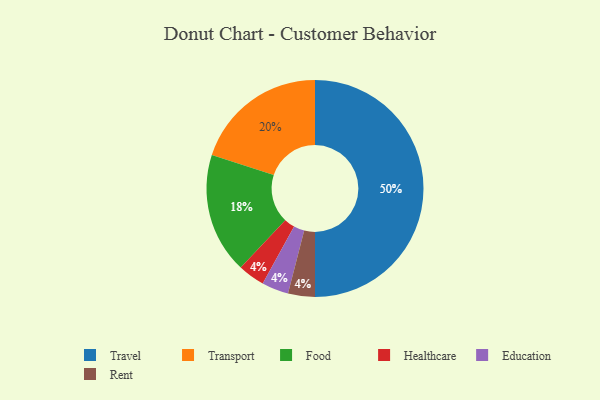
{"axis": {"x": "Category", "y": "Percentage"}, "legend": ["Education", "Food", "Healthcare", "Rent", "Transport", "Travel"], "data": [{"x": "Healthcare", "y": 4, "type": "Healthcare"}, {"x": "Food", "y": 18, "type": "Food"}, {"x": "Transport", "y": 20, "type": "Transport"}, {"x": "Education", "y": 4, "type": "Education"}, {"x": "Travel", "y": 50, "type": "Travel"}, {"x": "Rent", "y": 4, "type": "Rent"}]}